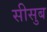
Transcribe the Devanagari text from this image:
सीसुब